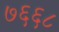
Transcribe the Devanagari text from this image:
७६६८